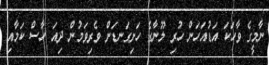
ނާމީގެ ވާހަކަ އަޑުއަހަން ހުރި ލޫނާގެ ހަށިގަނޑަށް ވެރިވަމުން ދިއަ ހާސް ކަމާއި